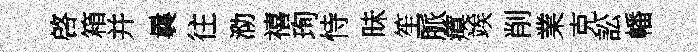
啓箱并曩往泐禧珣恃昧笙脈瘼竢削業克訟幡